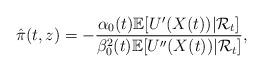
LaTeX: \begin{align*}&\hat{\pi}(t,z)=-\frac{\alpha_0(t)\mathbb{E}[U'(X(t)) | \mathcal{R}_t]}{\beta_0^2(t)\mathbb{E}[U''(X(t))|\mathcal{R}_t]},\end{align*}